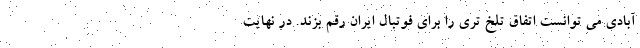
آبادی می توانست اتفاق تلخ تری را برای فوتبال ایران رقم بزند. در نهایت